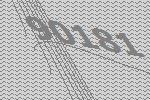
90181